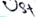
Text: U5+